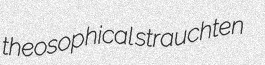
theosophical strauchten